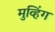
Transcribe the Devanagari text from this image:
मुव्हिंग